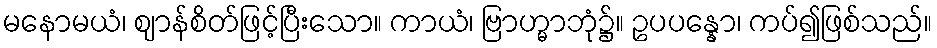
မနောမယံ၊ ဈာန်စိတ်ဖြင့်ပြီးသော။ ကာယံ၊ ဗြာဟ္မာဘုံ၌။ ဥပပန္နော၊ ကပ်၍ဖြစ်သည်။